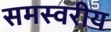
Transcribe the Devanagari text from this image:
समस्वरीय